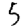
Digit: 5